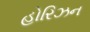
હોરિઝન